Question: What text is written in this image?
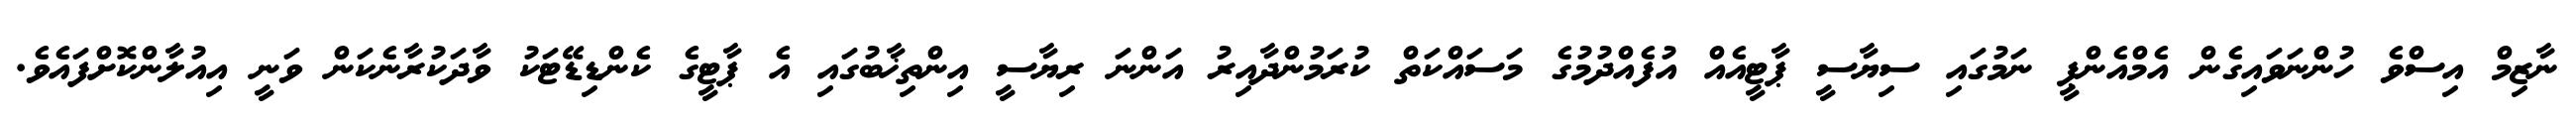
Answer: ނާޒިމް އިސްވެ ހުންނަވައިގެން އެމްއެންޕީ ނަމުގައި ސިޔާސީ ޕާޓީއެއް އުފެއްދުމުގެ މަސައްކަތް ކުރަމުންދާއިރު އަންނަ ރިޔާސީ އިންތިޚާބުގައި އެ ޕާޓީގެ ކެންޑިޑޭޓަކު ވާދަކުރާނެކަން ވަނީ އިއުލާންކޮށްފައެވެ.